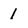
Character: 1